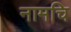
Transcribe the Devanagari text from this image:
नामचि